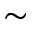
\sim